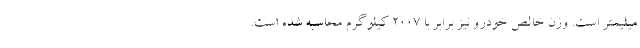
میلیمتر است. وزن خالص خودرو نیز برابر با 2007 کیلوگرم محاسبه شده است.